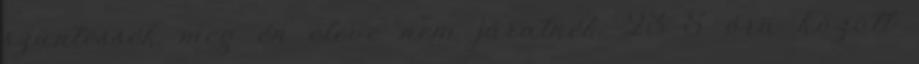
szüntessék meg én eleve nem járatnék 23-5 óra között